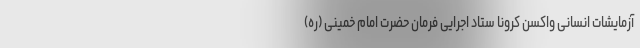
آزمایشات انسانی واکسن کرونا ستاد اجرایی فرمان حضرت امام خمینی (ره)